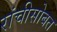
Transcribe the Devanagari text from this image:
रांचीसोबत